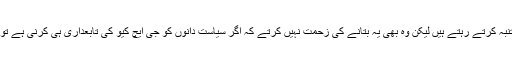
چوہدری نثار علی خان ایسی ہی صورت حال سے بچنے کے لئے متنبہ کرتے رہتے ہیں لیکن وہ بھی یہ بتانے کی زحمت نہیں کرتے کہ اگر سیاست دانوں کو جی ایچ کیو کی تابعداری ہی کرنی ہے تو سیاست کرنے کی بجائے کوئی دوسرا کام کرنے میں کیا حرج ہے۔